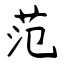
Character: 范